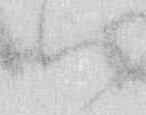
ハ